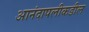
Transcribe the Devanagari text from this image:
आनंदापलीकडील